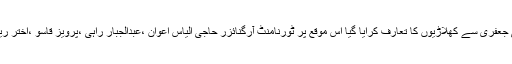
میچ کے اختتام پر مہمان خصوصی معروف سماجی رہنماء سید عابد علی جعفری سے کھلاڑیوں کا تعارف کرایا گیا اس موقع پر ٹورنامنٹ آرگنائزر حاجی الیاس اعوان ،عبدالجبار راہی ،پرویز قاسو ،اختر ریاض مائیکل ،سیف اللہ خان ،فرید احمد،اسلم بنگش اور دیگر موجود تھے۔